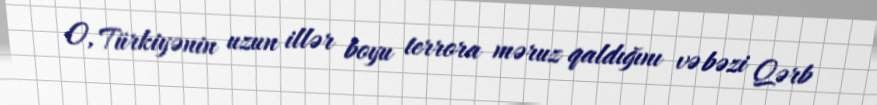
O, Türkiyənin uzun illər boyu terrora məruz qaldığını və bəzi Qərb